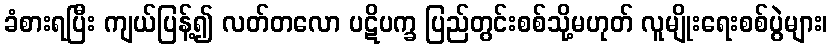
ခံစားရပြီး ကျယ်ပြန့်၍ လတ်တလော ပဋိပက္ခ ပြည်တွင်းစစ်သို့မဟုတ် လူမျိုးရေးစစ်ပွဲများ၊